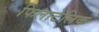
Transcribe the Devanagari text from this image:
फिलाटेलिक